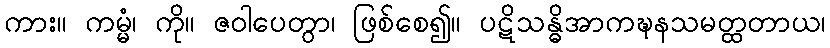
ကား။ ကမ္မံ၊ ကို။ ဇဝါပေတွာ၊ ဖြစ်စေ၍။ ပဋိသန္ဓိအာကဍ္ဎနသမတ္ထတာယ၊